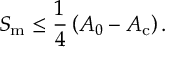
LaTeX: S _ { \mathrm { m } } \leq \frac { 1 } { 4 } \left( A _ { 0 } - A _ { \mathrm { c } } \right) .